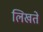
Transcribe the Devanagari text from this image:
लिखते